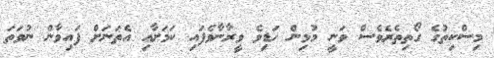
މިސްކިތުގެ ގޯތިތެރެވެސް ވަނީ މުޅިން ހަޑިވެ ވީރާނާވެފައި ކަމަށާއި އެތަނަށް ފައިވާން ނުވަތަ